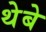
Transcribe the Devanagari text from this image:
थेबे